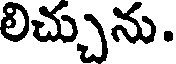
లిచ్చును.